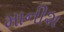
માનીશ